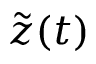
\tilde { z } ( t )